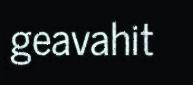
geavahit